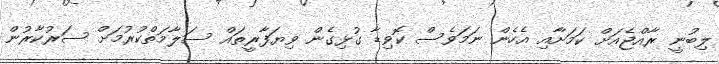
ލިބުނީ ރާއްޖެއަށް ކަމަށާއި އެހެން ނަމަވެސް ކޮވިޑާ ގުޅިގެން ވިޔަފާރީތައް ސަލާމަތްކުރުމަށް ސަރުކާރުން